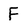
Character: F